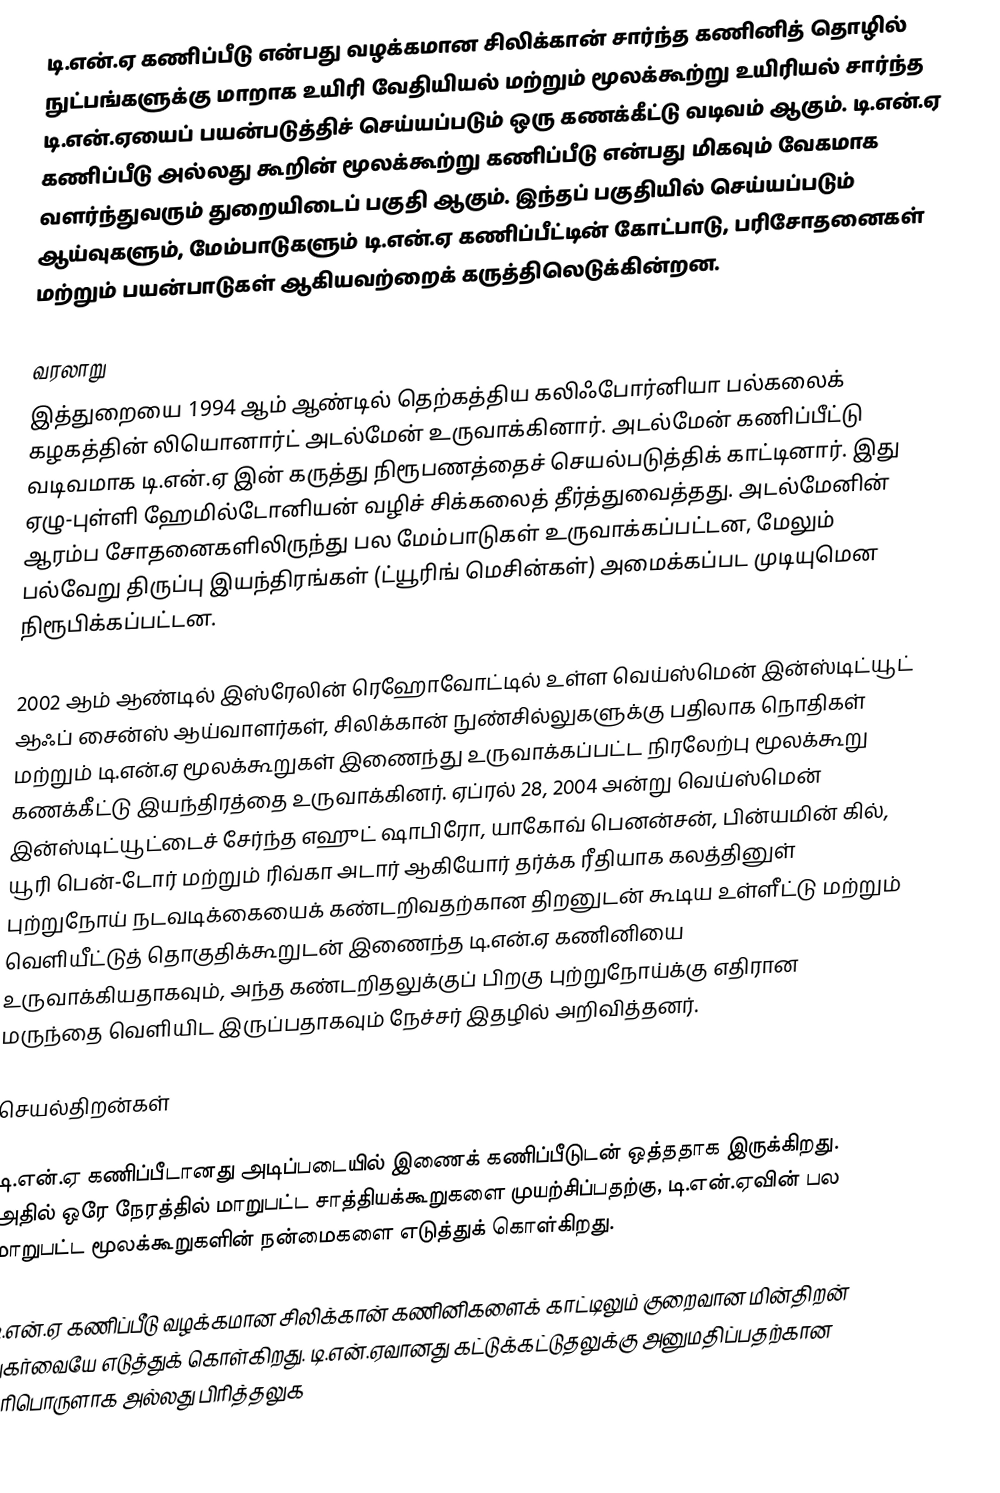
டி.என்.ஏ கணிப்பீடு என்பது வழக்கமான சிலிக்கான் சார்ந்த கணினித் தொழில் நுட்பங்களுக்கு மாறாக உயிரி வேதியியல் மற்றும் மூலக்கூற்று உயிரியல் சார்ந்த டி.என்.ஏயைப் பயன்படுத்திச் செய்யப்படும் ஒரு கணக்கீட்டு வடிவம் ஆகும். டி.என்.ஏ கணிப்பீடு அல்லது கூறின் மூலக்கூற்று கணிப்பீடு என்பது மிகவும் வேகமாக வளர்ந்துவரும் துறையிடைப் பகுதி ஆகும். இந்தப் பகுதியில் செய்யப்படும் ஆய்வுகளும், மேம்பாடுகளும் டி.என்.ஏ கணிப்பீட்டின் கோட்பாடு, பரிசோதனைகள் மற்றும் பயன்பாடுகள் ஆகியவற்றைக் கருத்திலெடுக்கின்றன.

வரலாறு
இத்துறையை 1994 ஆம் ஆண்டில் தெற்கத்திய கலிஃபோர்னியா பல்கலைக் கழகத்தின் லியொனார்ட் அடல்மேன் உருவாக்கினார். அடல்மேன் கணிப்பீட்டு வடிவமாக டி.என்.ஏ இன் கருத்து நிரூபணத்தைச் செயல்படுத்திக் காட்டினார். இது ஏழு-புள்ளி ஹேமில்டோனியன் வழிச் சிக்கலைத் தீர்த்துவைத்தது. அடல்மேனின் ஆரம்ப சோதனைகளிலிருந்து பல மேம்பாடுகள் உருவாக்கப்பட்டன, மேலும் பல்வேறு திருப்பு இயந்திரங்கள் (ட்யூரிங் மெசின்கள்) அமைக்கப்பட முடியுமென நிரூபிக்கப்பட்டன.

2002 ஆம் ஆண்டில் இஸ்ரேலின் ரெஹோவோட்டில் உள்ள வெய்ஸ்மென் இன்ஸ்டிட்யூட் ஆஃப் சைன்ஸ் ஆய்வாளர்கள், சிலிக்கான் நுண்சில்லுகளுக்கு பதிலாக நொதிகள் மற்றும் டி.என்.ஏ மூலக்கூறுகள் இணைந்து உருவாக்கப்பட்ட நிரலேற்பு மூலக்கூறு கணக்கீட்டு இயந்திரத்தை உருவாக்கினர். ஏப்ரல் 28, 2004 அன்று வெய்ஸ்மென் இன்ஸ்டிட்யூட்டைச் சேர்ந்த எஹுட் ஷாபிரோ, யாகோவ் பெனன்சன், பின்யமின் கில், யூரி பென்-டோர் மற்றும் ரிவ்கா அடார் ஆகியோர் தர்க்க ரீதியாக கலத்தினுள் புற்றுநோய் நடவடிக்கையைக் கண்டறிவதற்கான திறனுடன் கூடிய உள்ளீட்டு மற்றும் வெளியீட்டுத் தொகுதிக்கூறுடன் இணைந்த டி.என்.ஏ கணினியை உருவாக்கியதாகவும், அந்த கண்டறிதலுக்குப் பிறகு புற்றுநோய்க்கு எதிரான மருந்தை வெளியிட இருப்பதாகவும் நேச்சர் இதழில் அறிவித்தனர்.

செயல்திறன்கள்

டி.என்.ஏ கணிப்பீடானது அடிப்படையில் இணைக் கணிப்பீடுடன் ஒத்ததாக இருக்கிறது. அதில் ஒரே நேரத்தில் மாறுபட்ட சாத்தியக்கூறுகளை முயற்சிப்பதற்கு, டி.என்.ஏவின் பல மாறுபட்ட மூலக்கூறுகளின் நன்மைகளை எடுத்துக் கொள்கிறது.

டி.என்.ஏ கணிப்பீடு வழக்கமான சிலிக்கான் கணினிகளைக் காட்டிலும் குறைவான மின்திறன் நுகர்வையே எடுத்துக் கொள்கிறது. டி.என்.ஏவானது கட்டுக்கட்டுதலுக்கு அனுமதிப்பதற்கான எரிபொருளாக அல்லது பிரித்தலுக